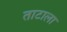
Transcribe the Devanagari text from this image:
ताटाला